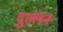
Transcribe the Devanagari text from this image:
दुल्लन